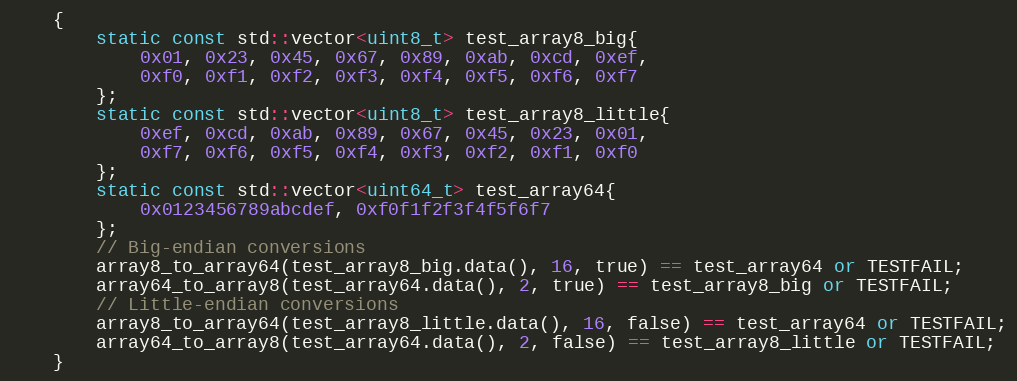
Language: C++
	{
		static const std::vector<uint8_t> test_array8_big{
			0x01, 0x23, 0x45, 0x67, 0x89, 0xab, 0xcd, 0xef,
			0xf0, 0xf1, 0xf2, 0xf3, 0xf4, 0xf5, 0xf6, 0xf7
		};
		static const std::vector<uint8_t> test_array8_little{
			0xef, 0xcd, 0xab, 0x89, 0x67, 0x45, 0x23, 0x01,
			0xf7, 0xf6, 0xf5, 0xf4, 0xf3, 0xf2, 0xf1, 0xf0
		};
		static const std::vector<uint64_t> test_array64{
			0x0123456789abcdef, 0xf0f1f2f3f4f5f6f7
		};
		// Big-endian conversions
		array8_to_array64(test_array8_big.data(), 16, true) == test_array64 or TESTFAIL;
		array64_to_array8(test_array64.data(), 2, true) == test_array8_big or TESTFAIL;
		// Little-endian conversions
		array8_to_array64(test_array8_little.data(), 16, false) == test_array64 or TESTFAIL;
		array64_to_array8(test_array64.data(), 2, false) == test_array8_little or TESTFAIL;
	}